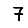
Digit: 7